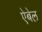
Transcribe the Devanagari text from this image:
ऐबेल